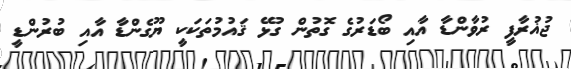
ޖުޣުރާފީ ރުވާންޑާ އާއި ބޯޑަރުގެ ގޮތުން ގުޅޭ ޤައުމުތަކަކީ ޔޫގެންޑާ އާއި ބުރުންޑީ